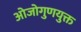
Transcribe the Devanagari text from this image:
ओजोगुणयुक्त